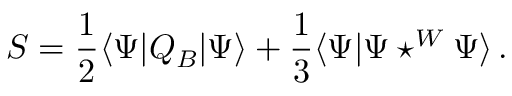
S = { \frac { 1 } { 2 } } \langle \Psi | Q _ { B } | \Psi \rangle + { \frac { 1 } { 3 } } \langle \Psi | \Psi \star ^ { W } \Psi \rangle \, .